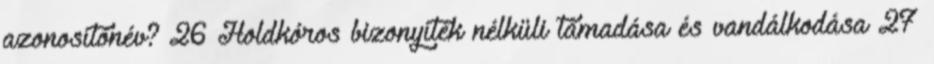
azonosítónév? 26 Holdkóros bizonyíték nélküli támadása és vandálkodása 27